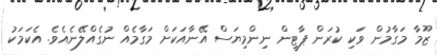
ޒޫމާ މަގާމުން ވަކި ކުރަން ޕާޓީން ނިންމިޔަސް އޭނާއަކަށް މަގާމެއް ނުގެއްލޭނެއެވެ. އެކަމަކު